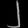
Digit: ၂